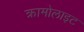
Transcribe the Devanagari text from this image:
क्रामोलाइट